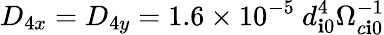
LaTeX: D_{4x}=D_{4y}=1.6\times10^{-5}\ d_{\mathbf{i}0}^{4}\Omega_{c\mathbf{i}0}^{-1}